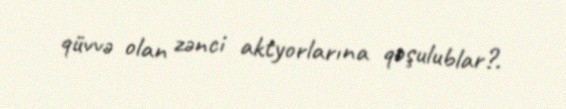
qüvvə olan zənci aktyorlarına qoşulublar?.